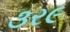
૩ર૯